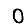
Digit: 0